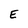
Character: E